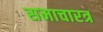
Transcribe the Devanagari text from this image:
समाचारत्र